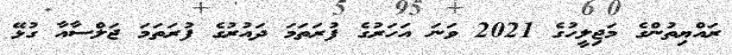
ރައްޔިތުންގެ މަޖިލީހުގެ 2021 ވަނަ އަހަރުގެ ފުރަތަމަ ދައުރުގެ ފުރަތަމަ ޖަލްސާއާ ގުޅޭ